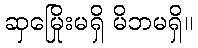
ဆှမြေိုးမရှိ မိဘမရှိ။